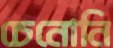
চেনোনি